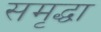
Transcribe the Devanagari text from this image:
समृद्धा